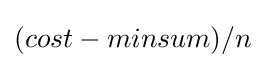
(cost-minsum)/n